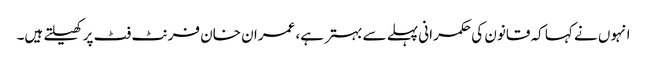
انہوں نے کہا کہ قانون کی حکمرانی پہلے سے بہتر ہے، عمران خان فرنٹ فٹ پر کھیلتے ہیں۔